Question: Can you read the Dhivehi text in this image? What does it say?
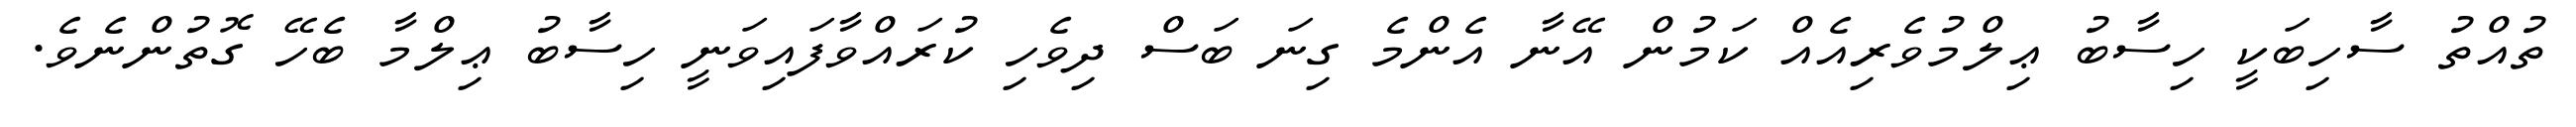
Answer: ތުއްތު ސާހިބަކީ ހިސާބު ޢިލްމުވެރިއެއް ކަމުން އޭނާ އެންމެ ގިނަ ބަސް ދިވެހި ކުރައްވާފައިވަނީ ހިސާބު ޢިލްމާ ބެހޭ ގޮތުންނެވެ.